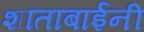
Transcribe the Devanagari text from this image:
शांताबार्इंनी